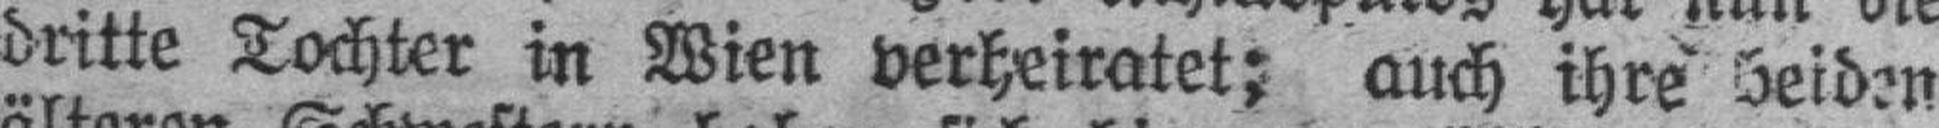
dritte Tochter in Wien verheiratet; auch ihre beiden